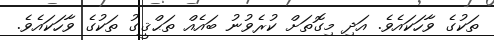
ތަކުގެ ވާހަކައެވެ. އަދި މިގޮތަށް ކުރެވުނު ބައެއް ތަޙްޤީގު ތަކުގެ ވާހަކައެވެ.